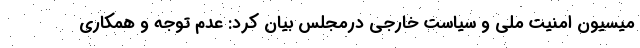
میسیون امنیت ملی و سیاست خارجی درمجلس بیان کرد: عدم توجه و همکاری